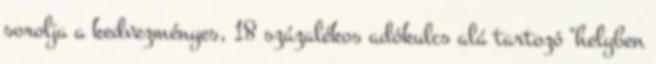
sorolja a kedvezményes, 18 százalékos adókulcs alá tartozó "helyben